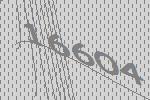
16604